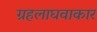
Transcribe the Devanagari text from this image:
ग्रहलाघवाकार